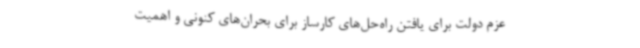
عزم دولت برای یافتن راه‌حل‌های کارساز برای بحران‌های کنونی و اهمیت